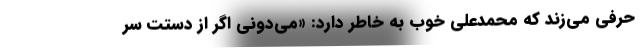
حرفی می‌زند که محمدعلی خوب به خاطر دارد: «می‌دونی اگر از دستت سُر